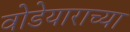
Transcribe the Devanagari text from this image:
वोडेयाराच्या